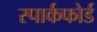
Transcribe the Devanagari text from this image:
स्पार्कफोर्ड